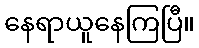
နေရာယူနေကြပြီ။